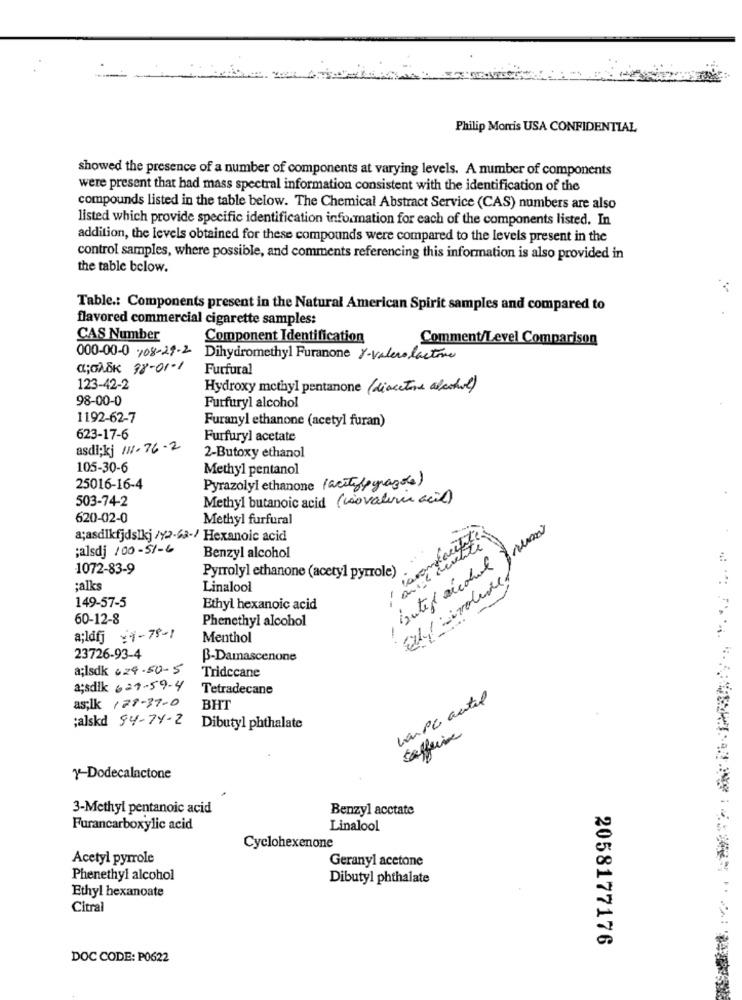
Philip Morris USA CONFIDENTIAL
showed the presence of a number of components at varying levels. A number of components
were present that had mass spectral information consistent with the identification of the
compounds listed in the table below. The Chemical Abstract Service (CAS) numbers are also
listed which provide specific identification information for each of the components listed. In
addition, the levels obtained for these compounds were compared to the levels present in the
control samples, where possible, and comments referencing this information is also provided in
the table below.
Table .: Components present in the Natural American Spirit samples and compared to
flavored commercial cigarette samples:
CAS Number
Component Identification
Comment/Level Comparison
000-00-0 708-29-2
Dihydromethyl Furanone -valero facture
CL;GASK 98-01-1
Furfural
123-42-2
Hydroxy methyl pentanone (diacetone alcohol)
98-00-0
Furfuryl alcohol
1192-62-7
Furanyl ethanone (acetyl furan)
623-17-6
Furfuryl acetate
asdi;kj 111- 76- 2
2-Butoxy ethanol
105-30-6
Methyl pentanol
25016-16-4
Pyrazolyl ethanone (acitylpgrazole)
503-74-2
Methyl butanoic acid (vovalur acil)
620-02-0
Methyl furfural
, butef alcohol fremo
a;asdikfjdslkj /Y2.43-/ Hexanoic acid
;alsdj 100-51-6
Benzyl alcohol
1072-83-9
Pyrrolyl ethanone (acetyl pyrrole)
;alks
Linalool
149-57-5
Ethyl hexanoic acid
60-12-8
Phenethyl alcohol
a;ldfj :4-78-1
Menthol
23726-93-4
B-Damascenone
a;lsdk 24.50-5
Tridecane
a;sdik 621-59-4
Tetradecane
campe autil
as;ik 128-37-0
BHT
;alskd 94- 74 - 2
Dibutyl phthalate
seffeine
y-Dodecalactone
3-Methyl pentanoic acid
Benzyl acctate
Furancarboxylic acid
Linalool
Cyclohexenone
Acetyl pyrrole
Geranyl acetone
Phenethyl alcohol
Dibutyl phthalate
Ethyl hexanoate
Citral
2058177176
DOC CODE: P0622